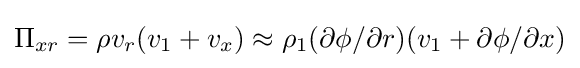
\Pi _{xr}=\rho v_{r}(v_{1}+v_{x})\approx \rho _{1}(\partial \phi /\partial r)(v_{1}+\partial \phi /\partial x)